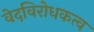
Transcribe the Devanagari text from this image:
वेदविरोधकत्व